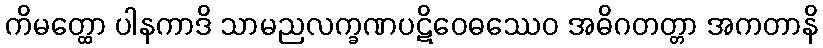
ကိမတ္ထော ပါနကာဒိ သာမညလက္ခဏပဋိဝေဓဿေဝ အဓိဂတတ္တာ အကတာနိ